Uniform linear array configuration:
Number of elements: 8
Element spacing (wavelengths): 0.75
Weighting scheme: exponential
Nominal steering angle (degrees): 0
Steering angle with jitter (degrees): -1.477
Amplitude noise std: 0.05
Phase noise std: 0.05

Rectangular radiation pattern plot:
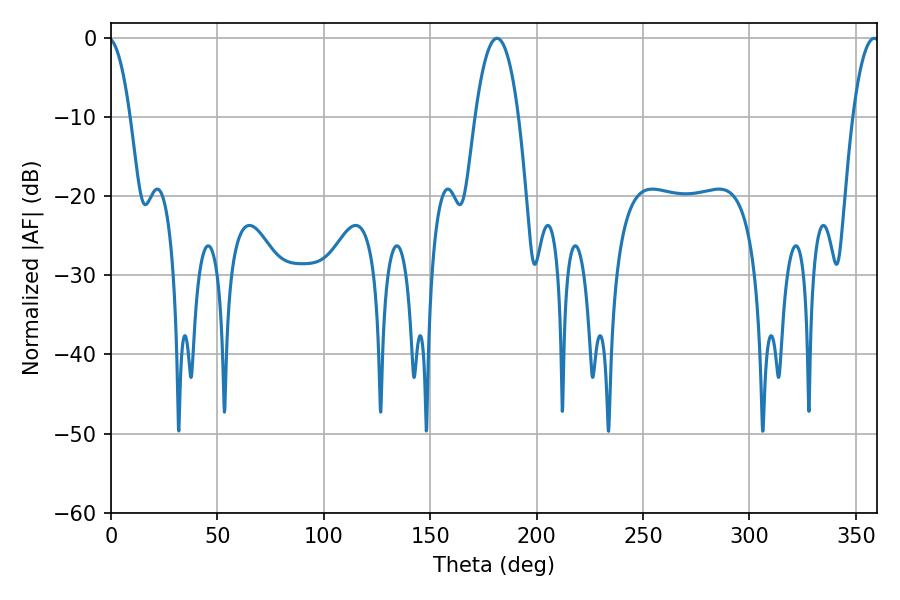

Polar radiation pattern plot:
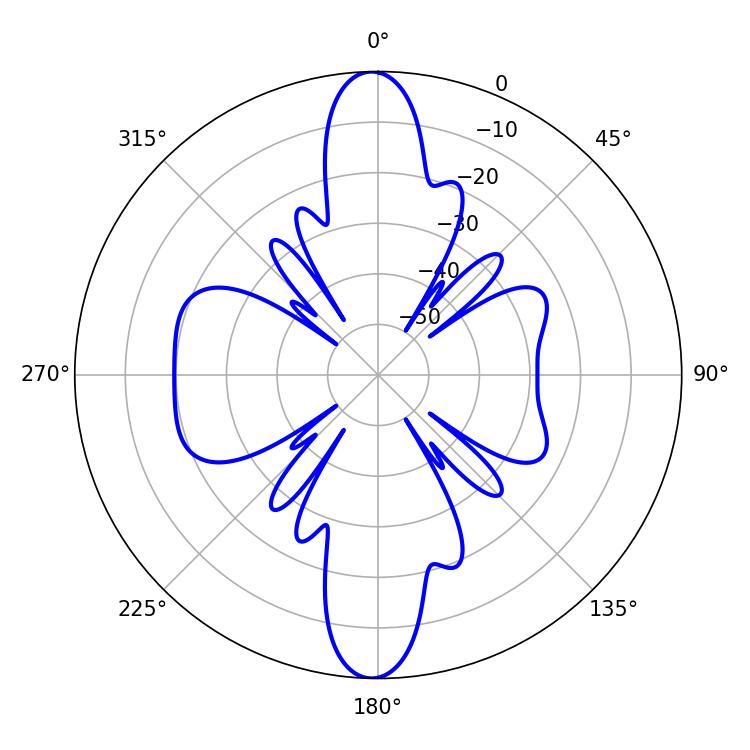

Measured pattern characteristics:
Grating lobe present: TRUE
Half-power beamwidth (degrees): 11.34
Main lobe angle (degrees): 181.44